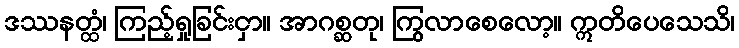
ဒဿနတ္ထံ၊ ကြည့်ရှုခြင်းငှာ။ အာဂစ္ဆတု၊ ကြွလာစေလော့။ ဣတိပေသေသိ၊